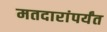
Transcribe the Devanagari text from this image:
मतदारांपर्यंत